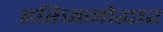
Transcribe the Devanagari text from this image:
हरिजनोद्धार